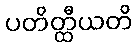
ပတိတ္ထီယတိ